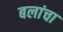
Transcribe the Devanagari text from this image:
बलांचा